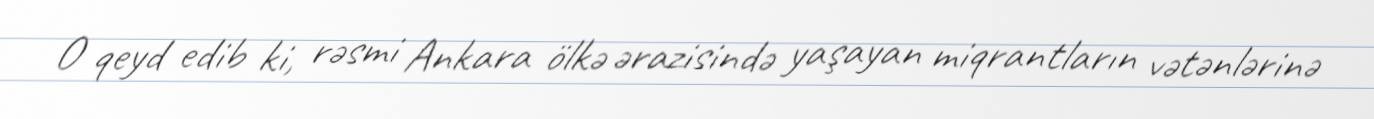
O qeyd edib ki, rəsmi Ankara ölkə ərazisində yaşayan miqrantların vətənlərinə